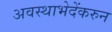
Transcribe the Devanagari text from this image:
अवस्थाभेदेंकरुन